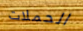
الحملات